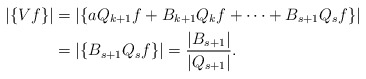
\begin{align*}|\{ Vf \}| &= |\{ a Q_{k+1}f + B_{k+1} Q_{k}f + \dots + B_{s+1} Q_s f \}| \\&= |\{B_{s+1} Q_s f \}| = \frac {|B_{s+1}|}{|Q_{s+1} |} .\end{align*}